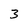
Character: 3